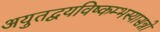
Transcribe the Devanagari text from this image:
अयुतद्वयविष्कम्भस्यासन्नो